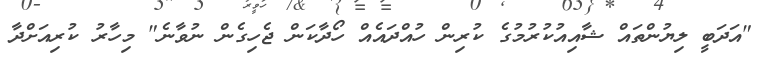
"އަދަބީ ލިޔުންތައް ޝާއިއުކުރުމުގެ ކުރިން ހުއްދައެއް ހޯދާކަން ޖެހިގެން ނުވާނެ" މިހާރު ކުރިއަށްދާ